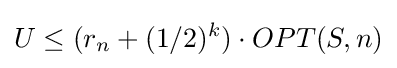
U\leq (r_{n}+(1/2)^{k})\cdot OPT(S,n)